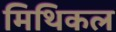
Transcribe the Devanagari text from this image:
मिथिकल